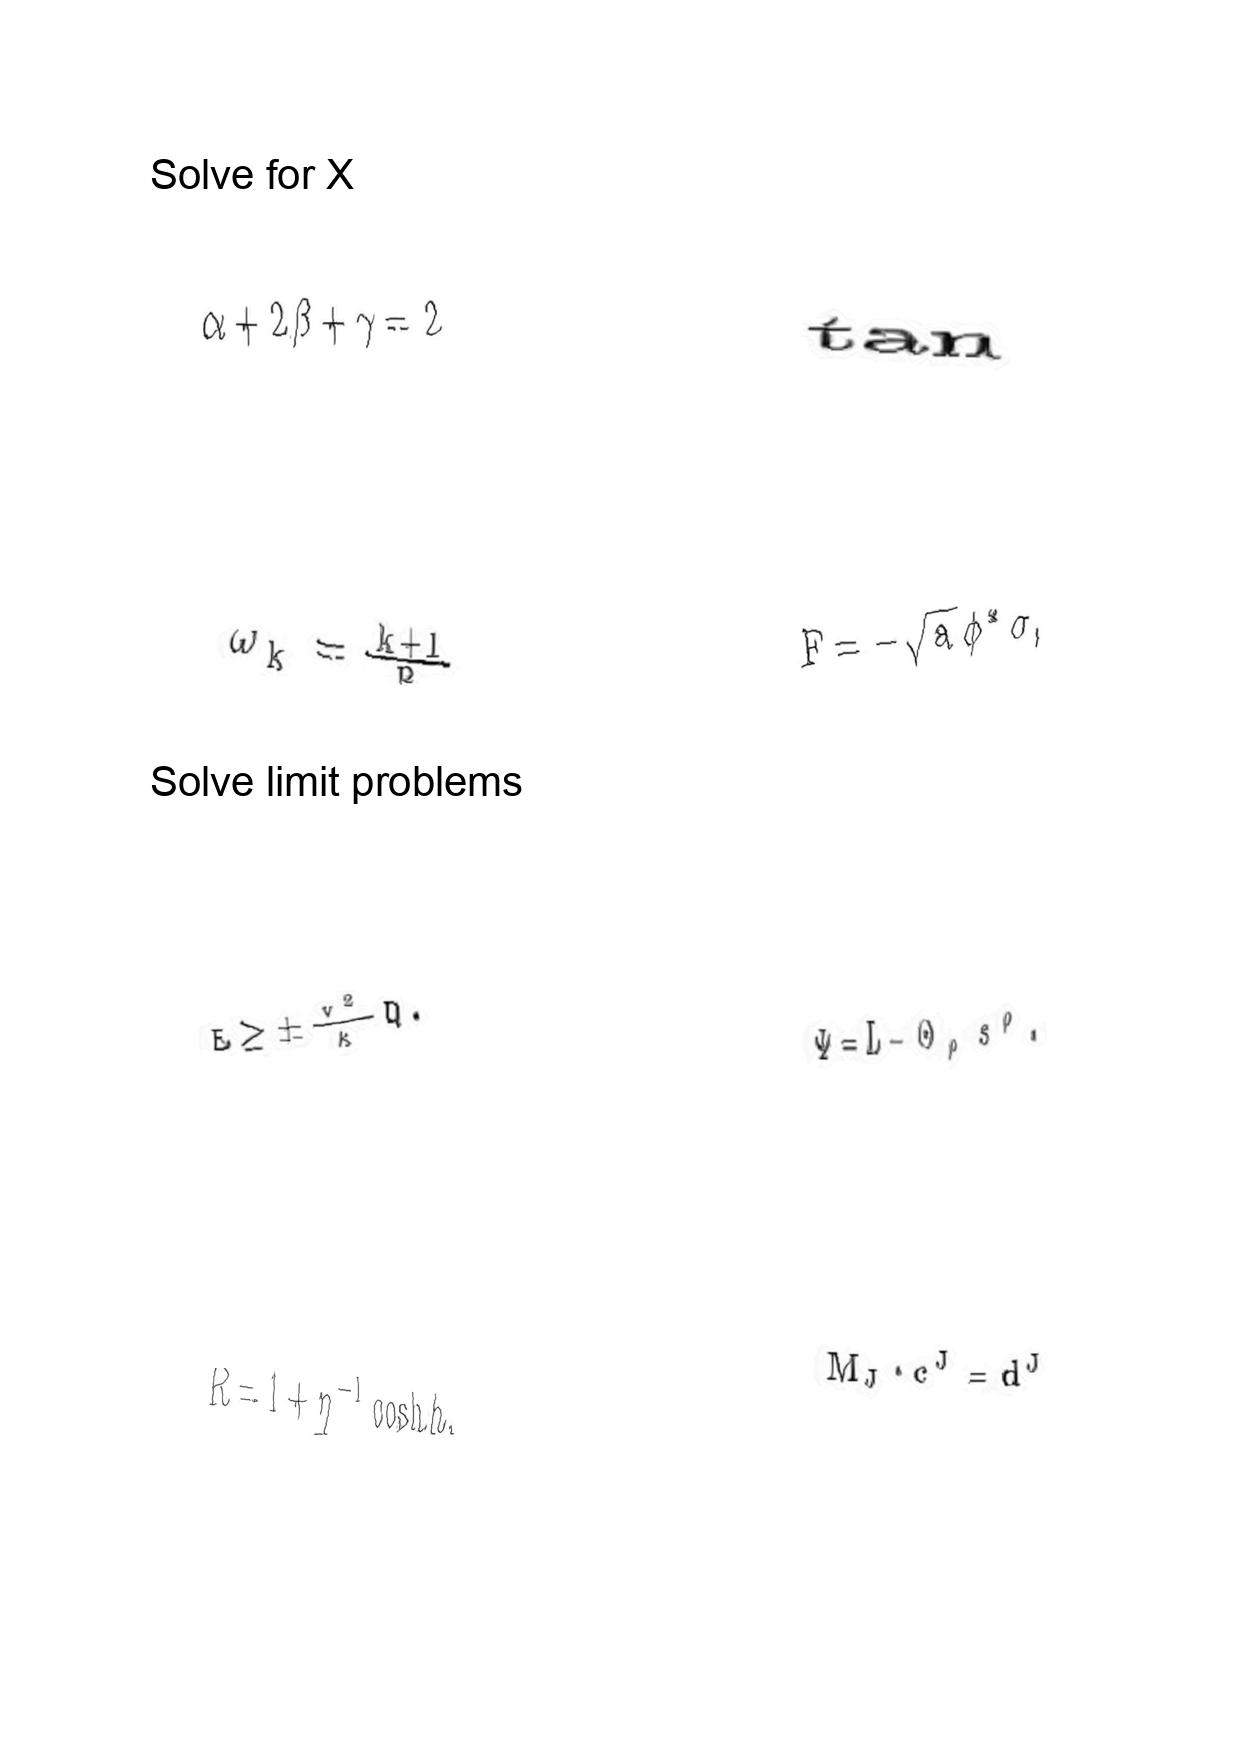
LaTeX transcription:
\alpha + 2 \beta + \gamma = 2
\omega _ { k } = \frac { k + 1 } { R }
E \ge \pm \frac { v ^ { 2 } } { \kappa } Q .
R = 1 + \eta ^ { - 1 } \cosh h ,
\tan
F = - \sqrt { a } \phi ^ { \ast } \sigma ,
\Psi = L - \Theta _ { \rho } s ^ { \rho } .
M _ { J } \cdot c ^ { J } = d ^ { J }